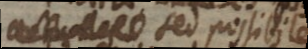
a, sed possibiles